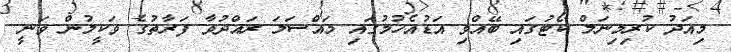
މިއަދު ކުރިމިނަލް ކޯޓުގައި ބޭއްވި އަޑުއެހުމުގައި މައްސަލަ ރައްދުވާ ފަރާތުގެ ވަކީލުން ވަނީ